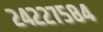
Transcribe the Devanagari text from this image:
२४२२७५८४